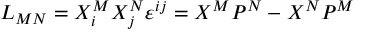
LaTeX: L _ { M N } = X _ { i } ^ { M } X _ { j } ^ { N } \varepsilon ^ { i j } = X ^ { M } P ^ { N } - X ^ { N } P ^ { M }